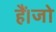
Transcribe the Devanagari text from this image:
हैं।जो